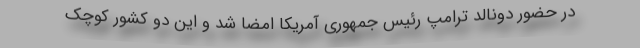
در حضور دونالد ترامپ رئیس جمهوری آمریکا امضا شد و این دو کشور کوچک